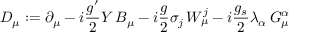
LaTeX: D _ { \mu } : = \partial _ { \mu } - i { \frac { g ^ { \prime } } { 2 } } Y \, B _ { \mu } - i { \frac { g } { 2 } } \sigma _ { j } \, W _ { \mu } ^ { j } - i { \frac { g _ { s } } { 2 } } \lambda _ { \alpha } \, G _ { \mu } ^ { \alpha }